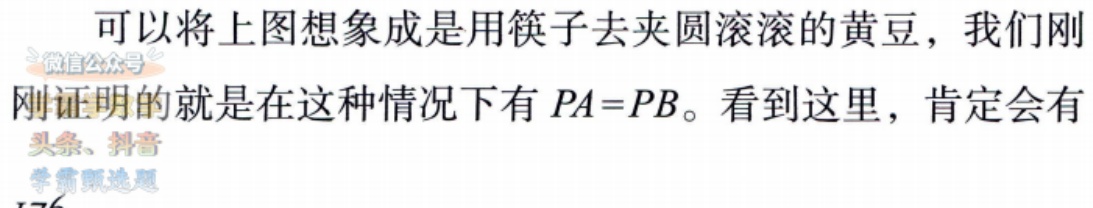
可以将上图想象成是用筷子去夹圆滚滚的黄豆，我们刚刚证明的就是在这种情况下有 \(PA = PB\)。看到这里，肯定会有
微信公众号
头条、抖音
学霸题选题